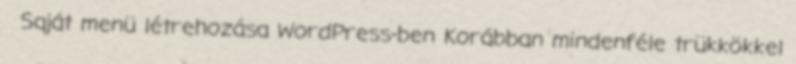
Saját menü létrehozása WordPress-ben Korábban mindenféle trükkökkel